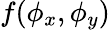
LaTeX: f(\phi_{x},\phi_{y})